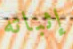
إثباته